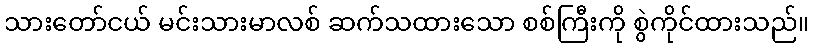
သားတော်ငယ် မင်းသားမာလစ် ဆက်သထားသော စစ်ကြီးကို စွဲကိုင်ထားသည်။